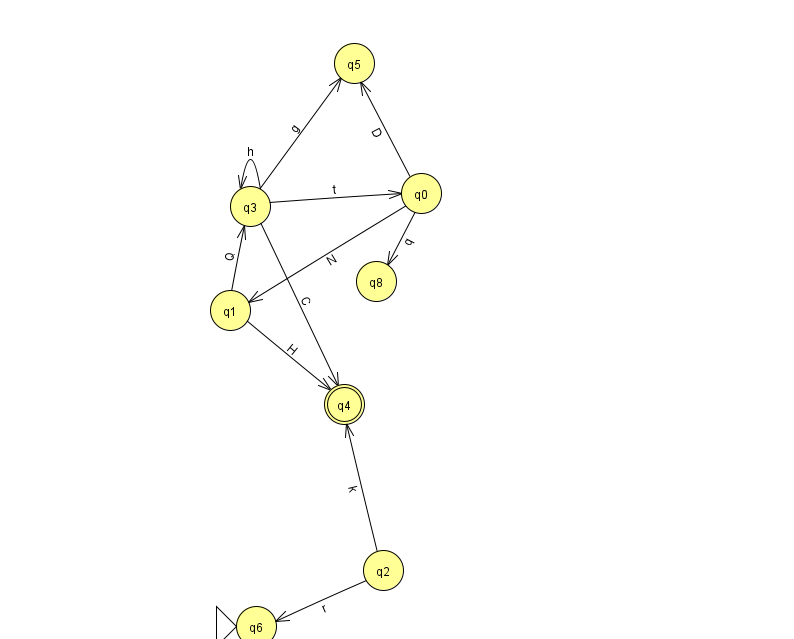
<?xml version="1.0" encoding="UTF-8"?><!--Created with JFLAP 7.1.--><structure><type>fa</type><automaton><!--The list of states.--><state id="0" name="q0"><x>421.0</x><y>180.0</y></state><state id="1" name="q1"><x>230.0</x><y>297.0</y></state><state id="2" name="q2"><x>383.0</x><y>557.0</y></state><state id="3" name="q3"><x>250.0</x><y>193.0</y></state><state id="4" name="q4"><x>344.0</x><y>391.0</y><final/></state><state id="5" name="q5"><x>354.0</x><y>50.0</y></state><state id="6" name="q6"><x>256.0</x><y>613.0</y><initial/></state><state id="8" name="q8"><x>376.0</x><y>268.0</y></state><!--The list of transitions.--><transition><from>2</from><to>6</to><read>r</read></transition><transition><from>1</from><to>3</to><read>Q</read></transition><transition><from>3</from><to>0</to><read>t</read></transition><transition><from>3</from><to>4</to><read>C</read></transition><transition><from>3</from><to>3</to><read>h</read></transition><transition><from>2</from><to>4</to><read>k</read></transition><transition><from>1</from><to>4</to><read>H</read></transition><transition><from>0</from><to>1</to><read>N</read></transition><transition><from>0</from><to>8</to><read>q</read></transition><transition><from>3</from><to>5</to><read>g</read></transition><transition><from>0</from><to>5</to><read>D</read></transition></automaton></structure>